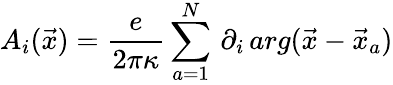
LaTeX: A_{i}(\vec{x})=\frac{e}{2\pi\kappa}\sum_{a=1}^{N}\, \partial_{i}\, arg(\vec{x}-\vec{x}_{a})